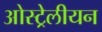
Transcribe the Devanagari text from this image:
ओस्ट्रेलीयन